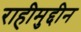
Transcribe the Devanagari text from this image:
राहीमुद्दीन